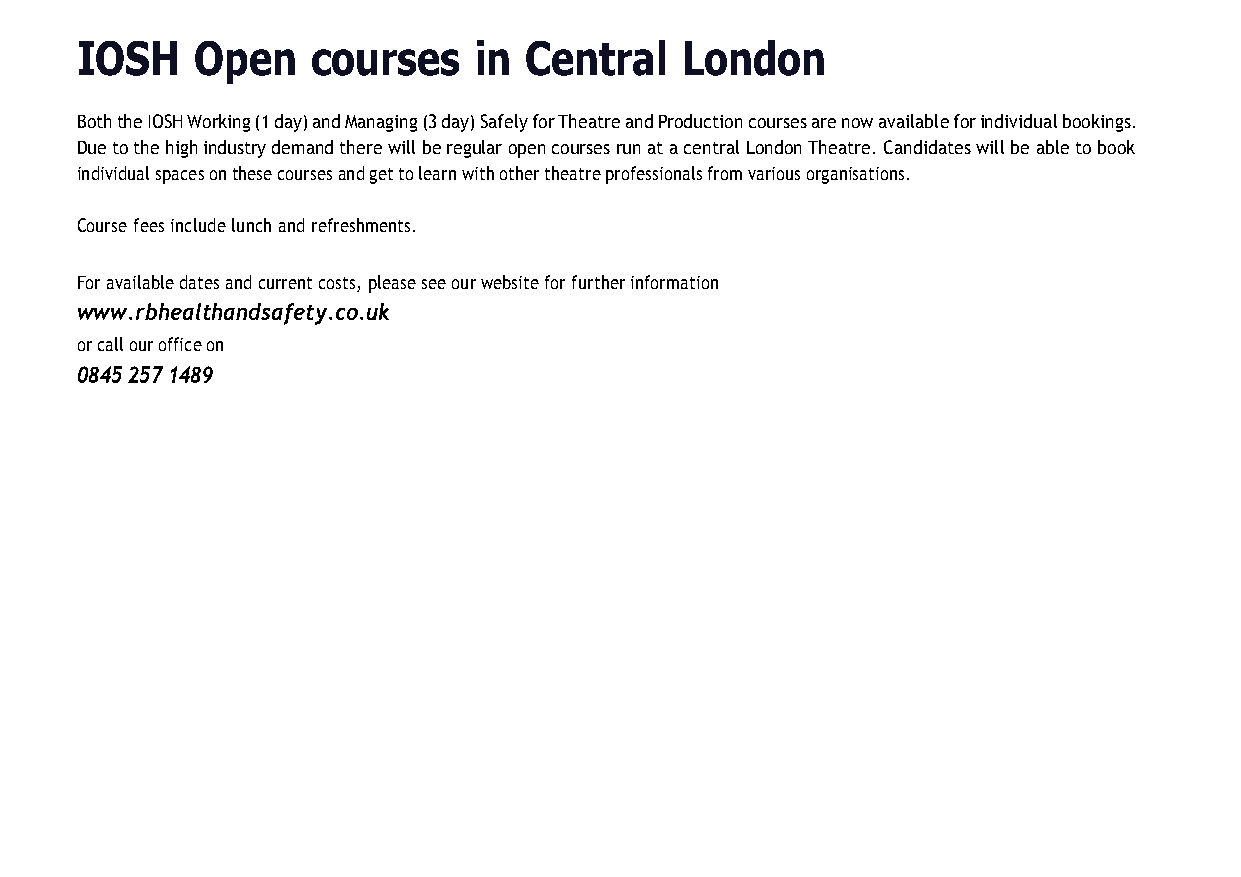
IOSH    Open    courses   in  Central   London
 Both the IOSH Working (1 day) and Managing (3 day) Safely for Theatre and Production courses are now available for individual bookings.
 Due to the high industry demand there will be regular open courses run at a central London Theatre. Candidates will be able to book
 individual spaces on these courses and get to learn with other theatre professionals from various organisations.
 Course fees include lunch and refreshments.
 For available dates and current costs, please see our website for further information
 www.rbhealthandsafety.co.uk
 or call our office on
 0845 257 1489